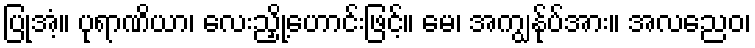
ပြုအံ့။ ပုရာဏိယာ၊ လေးညှို့ဟောင်းဖြင့်။ မေ၊ အကျွန်ုပ်အား။ အလညေဝ၊